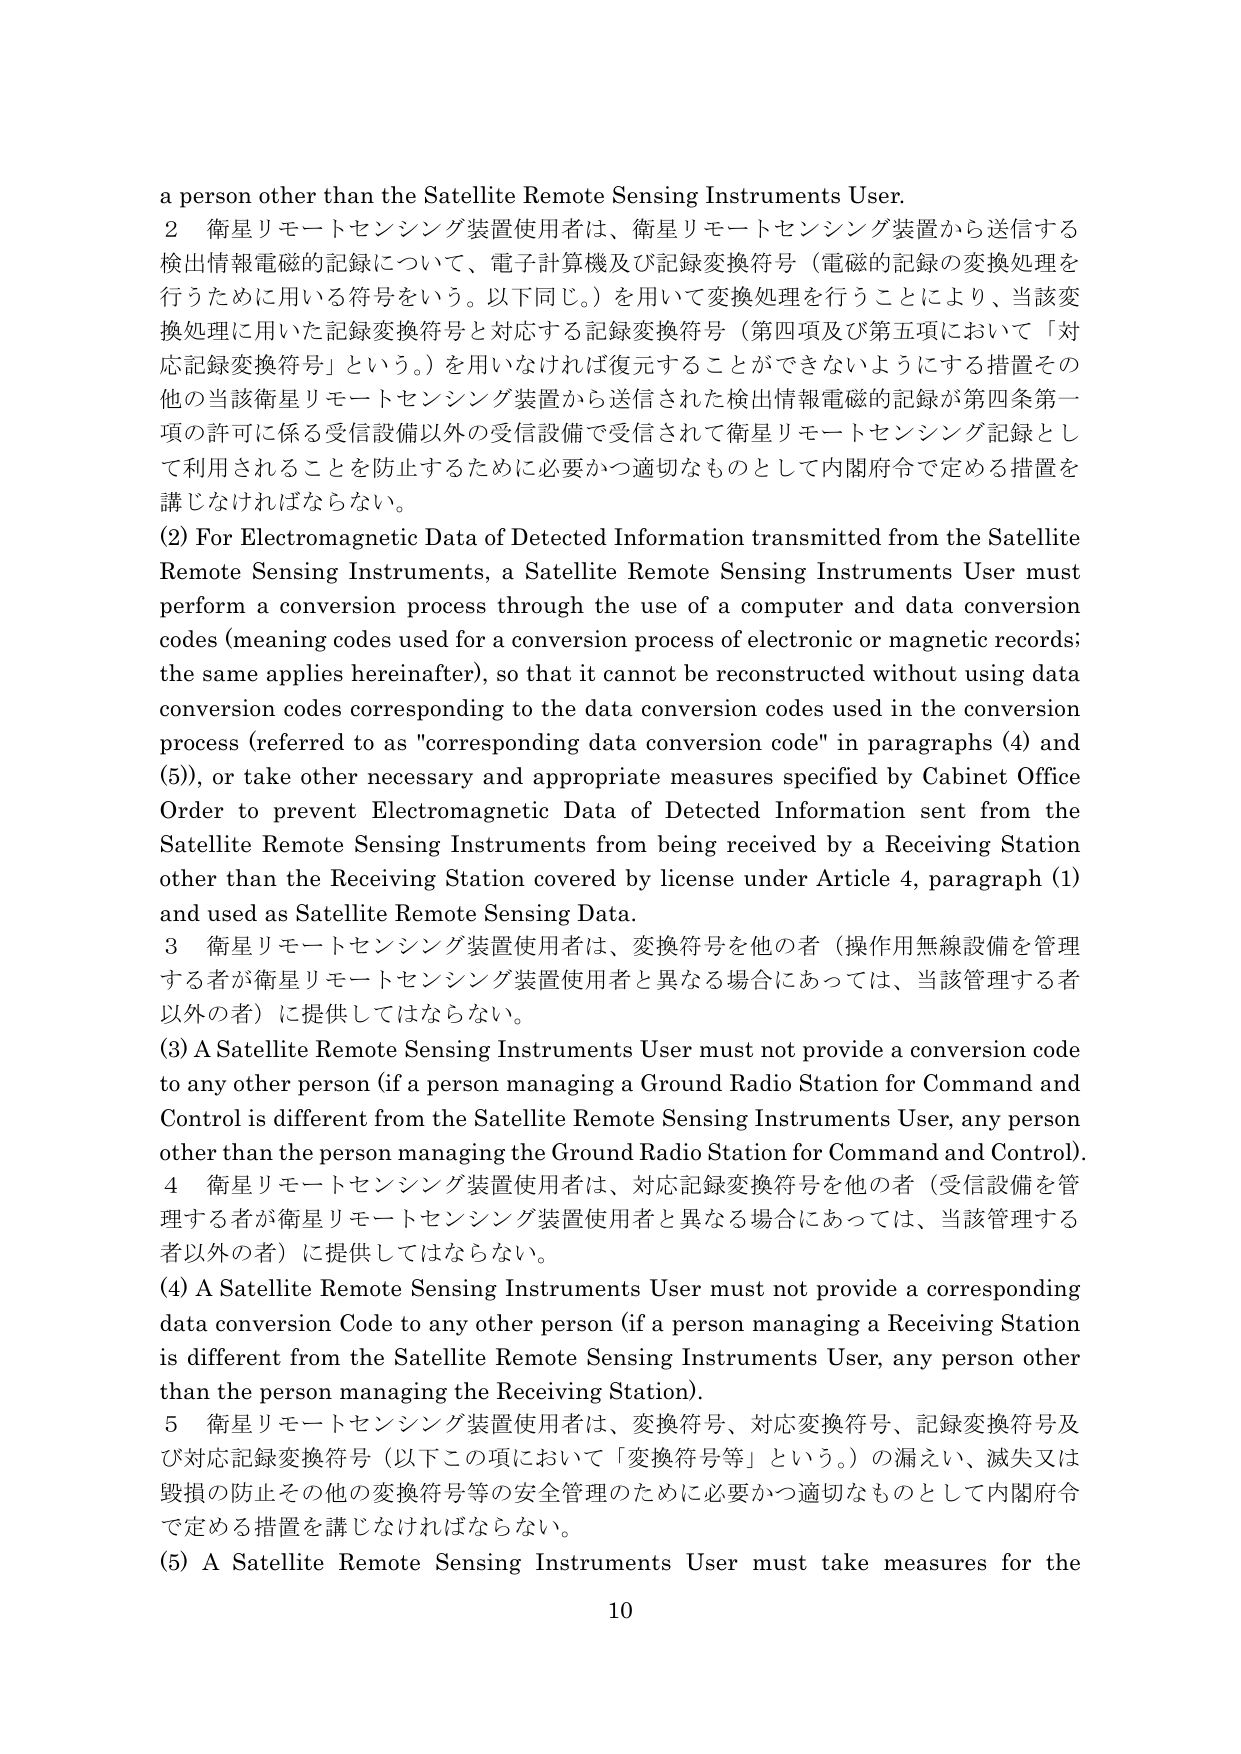
a person other than the Satellite Remote Sensing Instruments User.

2 衛星リモートセンシング装置使用者は、衛星リモートセンシング装置から送信する検出情報電磁的記録について、電子計算機及び記録変換符号（電磁的記録の変換処理を行うために用いる符号をいう。以下同じ。）を用いて変換処理を行うことにより、当該変換処理に用いた記録変換符号と対応する記録変換符号（第四項及び第五項において「対応記録変換符号」という。）を用いなければ復元することができないようにする措置その他の当該衛星リモートセンシング装置から送信された検出情報電磁的記録が第四条第一項の許可に係る受信設備以外の受信設備で受信されて衛星リモートセンシング記録として利用されることを防止するために必要かつ適切なものとして内閣府令で定める措置を講じなければならない。

(2) For Electromagnetic Data of Detected Information transmitted from the Satellite Remote Sensing Instruments, a Satellite Remote Sensing Instruments User must perform a conversion process through the use of a computer and data conversion codes (meaning codes used for a conversion process of electronic or magnetic records; the same applies hereinafter), so that it cannot be reconstructed without using data conversion codes corresponding to the data conversion codes used in the conversion process (referred to as "corresponding data conversion code" in paragraphs (4) and (5)), or take other necessary and appropriate measures specified by Cabinet Office Order to prevent Electromagnetic Data of Detected Information sent from the Satellite Remote Sensing Instruments from being received by a Receiving Station other than the Receiving Station covered by license under Article 4, paragraph (1) and used as Satellite Remote Sensing Data.

3 衛星リモートセンシング装置使用者は、変換符号を他の者（操作用無線設備を管理する者が衛星リモートセンシング装置使用者と異なる場合にあっては、当該管理する者以外の者）に提供してはならない。

(3) A Satellite Remote Sensing Instruments User must not provide a conversion code to any other person (if a person managing a Ground Radio Station for Command and Control is different from the Satellite Remote Sensing Instruments User, any person other than the person managing the Ground Radio Station for Command and Control).

4 衛星リモートセンシング装置使用者は、対応記録変換符号を他の者（受信設備を管理する者が衛星リモートセンシング装置使用者と異なる場合にあっては、当該管理する者以外の者）に提供してはならない。

(4) A Satellite Remote Sensing Instruments User must not provide a corresponding data conversion Code to any other person (if a person managing a Receiving Station is different from the Satellite Remote Sensing Instruments User, any person other than the person managing the Receiving Station).

5 衛星リモートセンシング装置使用者は、変換符号、対応変換符号、記録変換符号及び対応記録変換符号（以下この項において「変換符号等」という。）の漏えい、滅失又は毀損の防止その他の変換符号等の安全管理のために必要かつ適切なものとして内閣府令で定める措置を講じなければならない。

(5) A Satellite Remote Sensing Instruments User must take measures for the

10